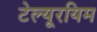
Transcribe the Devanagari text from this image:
टेल्यूरयिम